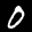
Label: 0